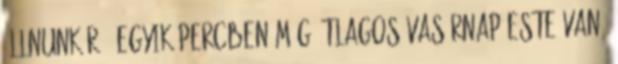
állnunk rá. Egyik percben még átlagos vasárnap este van,